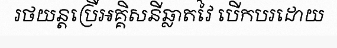
រថយន្តប្រើអគ្គិសនីឆ្លាតវៃ បើកបរដោយ